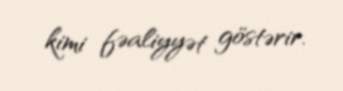
kimi fəaliyyət göstərir.